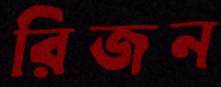
রিজন